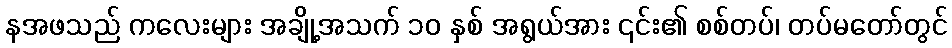
နအဖသည် ကလေးများ အချို့အသက် ၁၀ နှစ် အရွယ်အား ၎င်း၏ စစ်တပ်၊ တပ်မတော်တွင်